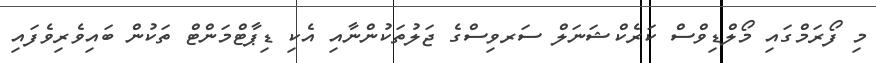
މި ފޯރަމްގައި މޯލްޑިވްސް ކަރެކްޝަނަލް ސަރވިސްގެ ޖަލުތަކުންނާއި އެކި ޑިޕާޓްމަންޓް ތަކުން ބައިވެރިވެފައި